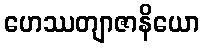
ဟေဿတျာဇာနိယော